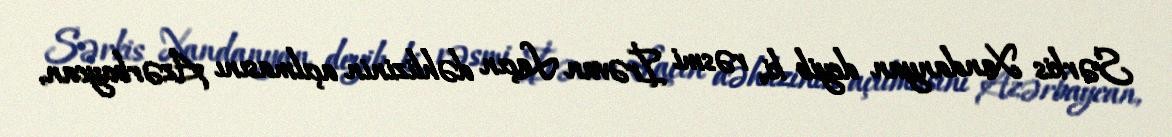
Sərkis Xandanyan deyib ki, rəsmi İrəvan Laçın dəhlizinin açılmasını Azərbaycan,